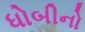
ધોબીનો